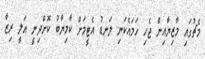
މެޗުގައި މާޒިޔާއިން ޖެހި ހަމައެކަނި ލަނޑު އެޓީމަށް ކާމިޔާބު ކޮށްދިނީ އަލީ ރިޒާ